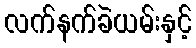
လက်နက်ခဲယမ်းနှင့်